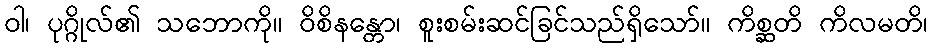
ဝါ၊ ပုဂ္ဂိုလ်၏ သဘောကို။ ဝိစိနန္တော၊ စူးစမ်းဆင်ခြင်သည်ရှိသော်။ ကိစ္ဆတိ ကိလမတိ၊